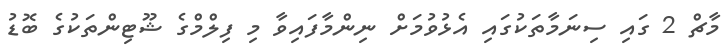
މާޗް 2 ގައި ސިނަމާތަކުގައި އެޅުވުމަށް ނިންމާފައިވާ މި ފިލްމްގެ ޝޫޓިންތަކުގެ ބޮޑު